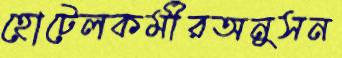
হোটেলকর্মীরঅনুসন